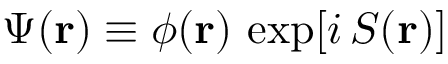
\Psi ( \mathbf { r } ) \equiv \phi ( \mathbf { r } ) \, \exp [ i \, \cal { S } ( \mathbf { r } ) ]